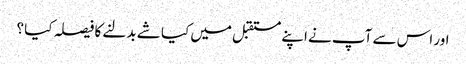
اور اس سے آپ نے اپنے مستقبل میں کیا شے بدلنے کا فیصلہ کیا ؟